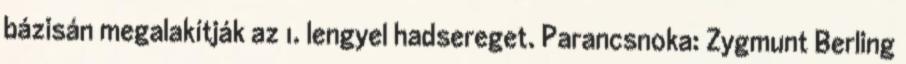
bázisán megalakítják az 1. lengyel hadsereget. Parancsnoka: Zygmunt Berling